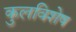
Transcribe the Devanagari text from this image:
कुलविशेष